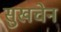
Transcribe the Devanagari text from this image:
सुखचेन